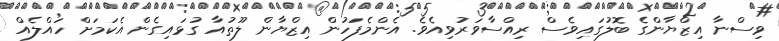
ވިސްނާ އިޒްޔާންގެ ބޮލުގައިވެސް ރިއްސާވަރުވިއެވެ. އެންމެފަހުން އިޒްޔާން ލޫތުއާ ގުޅައިގެން އެކަމަށް ހައްލެއް